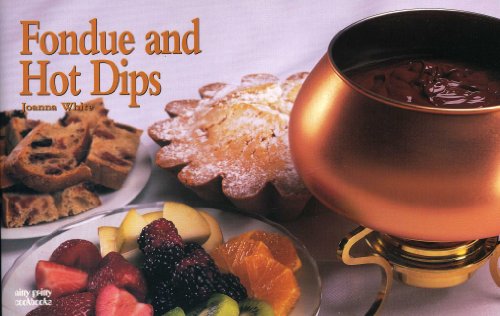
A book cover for Fondue And Hot Dips (Nitty Gritty Cookbooks); Joanna White; Cookbooks, Food & Wine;